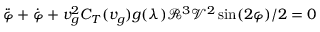
\ddot { \varphi } + \dot { \varphi } + v _ { g } ^ { 2 } C _ { T } ( v _ { g } ) g ( \lambda ) \mathscr { R } ^ { 3 } \mathscr { V } ^ { 2 } \sin ( 2 \varphi ) / 2 = 0